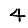
Digit: 4